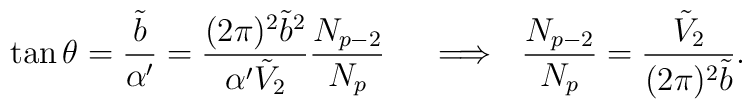
\tan\theta = \frac{\tilde{b}}{\alpha'} = \frac{(2\pi)^2\tilde{b}^2}  {\alpha'\tilde{V}_2}\frac{N_{p-2}}{N_p}\ \ \ \ \Longrightarrow \ \ \frac{N_{p-2}}{N_p} = \frac{\tilde{V}_2}{(2\pi)^2\tilde{b}}.